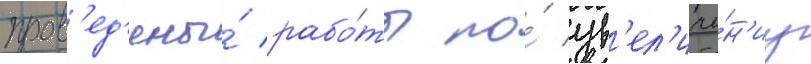
пров'ед'ены́ рабо́ты по́ ув'ел'иче́н'иу